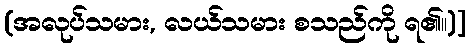
(အလုပ်သမား, လယ်သမား စသည်ကို ရ၏။)]